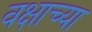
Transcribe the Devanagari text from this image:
वक्षाच्या